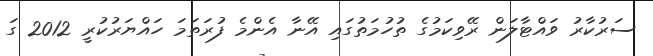
ސަރުކާރު ވައްޓާލަން ރޭވިކަމުގެ ތުހުމަތުގައި އޭނާ އެންމެ ފުރަތަމަ ހައްޔަރުކުރީ 2012 ގަ